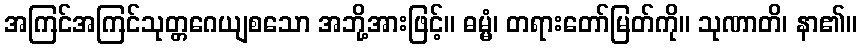
အကြင်အကြင်သုတ္တဂေယျစသော အဘို့အားဖြင့်။ ဓမ္မံ၊ တရားတော်မြတ်ကို။ သုဏာတိ၊ နာ၏။